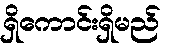
ရှိကောင်းရှိမည်